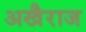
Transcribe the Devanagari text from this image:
अखैराज